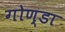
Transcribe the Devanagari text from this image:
गोण्‍डा